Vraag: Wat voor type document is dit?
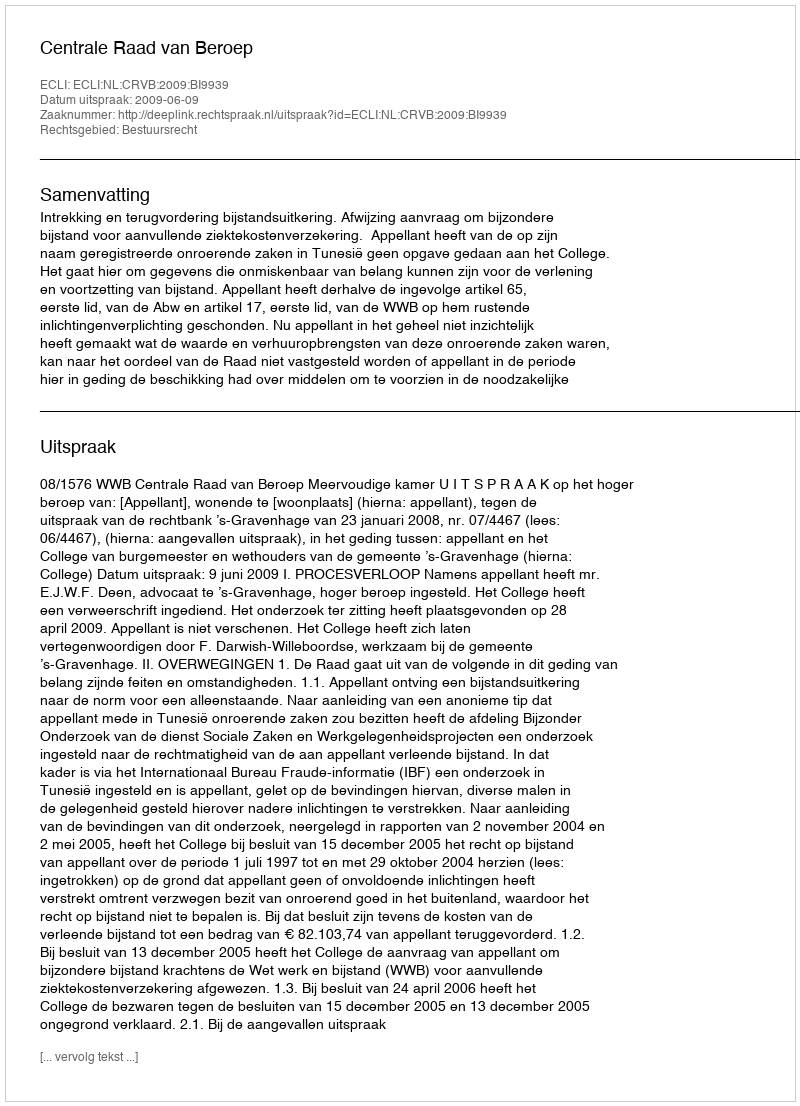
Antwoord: Uitspraak